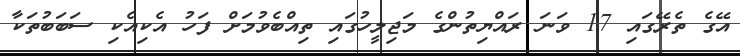
އޭގެ ތެރޭގައި 17 ވަނަ ރައްޔިތުންގެ މަޖިލީހުގައި ތިއްބެވުމަށް ފަހު އެކިއެކި ސަބަބުތަކާ